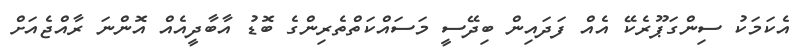
އެކަމަކު ސިންގަޕޫރެކޭ އެއް ފަދައިން ބިދޭސީ މަސައްކަތްތެރިންގެ ބޮޑު އާބާދީއެއް އޮންނަ ރާއްޖެއަށް